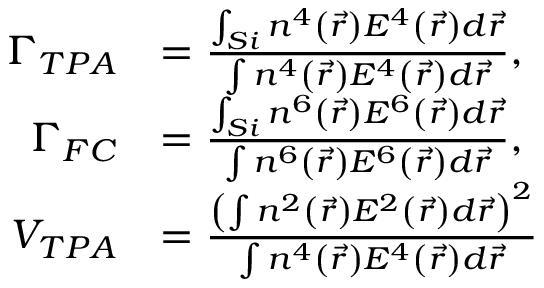
\begin{array} { r l } { \Gamma _ { T P A } } & { = \frac { \int _ { S i } n ^ { 4 } \left( \vec { r } \right) E ^ { 4 } \left( \vec { r } \right) d \vec { r } } { \int n ^ { 4 } \left( \vec { r } \right) E ^ { 4 } \left( \vec { r } \right) d \vec { r } } \mathrm { , } } \\ { \Gamma _ { F C } } & { = \frac { \int _ { S i } n ^ { 6 } \left( \vec { r } \right) E ^ { 6 } \left( \vec { r } \right) d \vec { r } } { \int n ^ { 6 } \left( \vec { r } \right) E ^ { 6 } \left( \vec { r } \right) d \vec { r } } \mathrm { , } } \\ { V _ { T P A } } & { = \frac { \left( \int n ^ { 2 } \left( \vec { r } \right) E ^ { 2 } \left( \vec { r } \right) d \vec { r } \right) ^ { 2 } } { \int n ^ { 4 } \left( \vec { r } \right) E ^ { 4 } \left( \vec { r } \right) d \vec { r } } } \end{array}